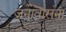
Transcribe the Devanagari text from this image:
जनावारांना